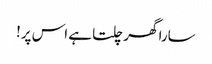
سارا گھر چلتا ہے اس پر!